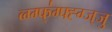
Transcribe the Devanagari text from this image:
व्ग्ग्फ्॑ग्फ्ह्ग्ज्जु